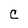
Character: c